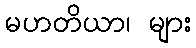
မဟတိယာ၊ များ